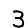
Digit: 3